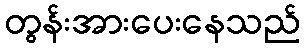
တွန်းအားပေးနေသည်